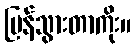
ပြန်သွားတာကိုး။